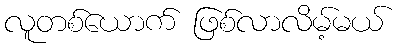
လူတစ်ယောက် ဖြစ်လာလိမ့်မယ်